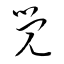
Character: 覺